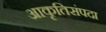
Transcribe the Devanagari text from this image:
आकृतिसंपदा